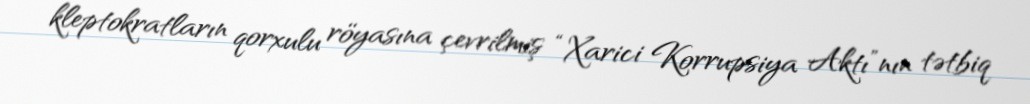
kleptokratların qorxulu röyasına çevrilmiş “Xarici Korrupsiya Aktı”nın tətbiq